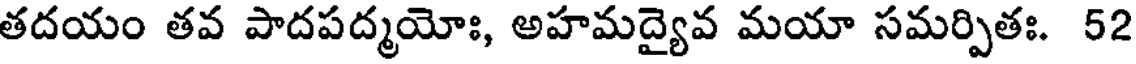
తదయం తవ పాదపద్మయోః, అహమద్యైవ మయా సమర్పితః. 52